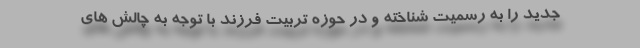
جدید را به رسمیت شناخته و در حوزه تربیت فرزند با توجه به چالش های